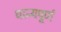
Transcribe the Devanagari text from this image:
धान्यपूर्ण